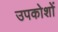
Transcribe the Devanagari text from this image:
उपकोशों